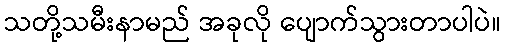
သတို့သမီးနာမည် အခုလို ပျောက်သွားတာပါပဲ။